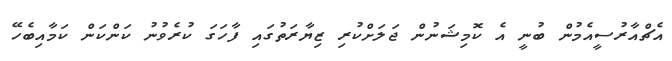
އެޗްއާރުސީއެމުން ބުނީ އެ ކޮމިޝަނުން ޖަލަށްކުރި ޒިޔާރަތުގައި ފާހަގަ ކުރެވުނު ކަންކަން ކަމާއިބެހޭ